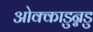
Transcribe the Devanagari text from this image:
ओक्काडुन्नडु